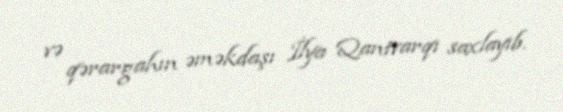
və qərargahın əməkdaşı İlya Qantvarqı saxlayıb.